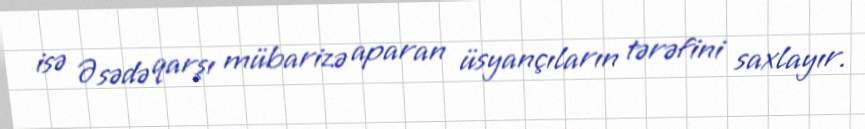
isə Əsədə qarşı mübarizə aparan üsyançıların tərəfini saxlayır.